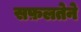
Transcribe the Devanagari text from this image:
सफ़लतेने